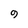
Character: 9